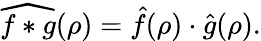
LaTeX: {\widehat{f*g}}(\rho)={\hat{f}}(\rho)\cdot{\hat{g}}(\rho).